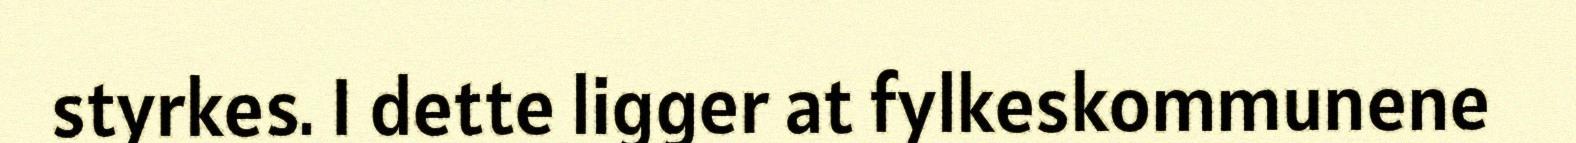
styrkes. I dette ligger at fylkeskommunene